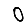
Digit: 0